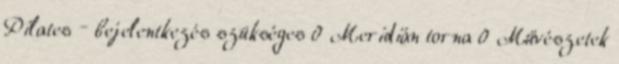
Pilates – bejelentkezés szükséges 0 Meridián torna 0 Művészetek